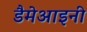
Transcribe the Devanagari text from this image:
डैमेआइनी